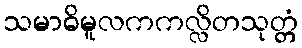
သမာဓိမူလကကလ္လိတသုတ္တံ